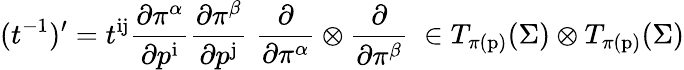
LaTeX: (t^{-1})^{\prime}=t^{\mathrm{ij}}{\frac{\partial\pi^{\alpha}}{\partial p^{\mathrm{i}}}}{\frac{\partial\pi^{\beta}}{\partial p^{\mathrm{j}}}}\; {\frac{\partial}{\partial\pi^{\alpha}}}\otimes{\frac{\partial}{\partial\pi^{\beta}}}\; \in T_{\pi(\mathrm{p})}(\Sigma)\otimes T_{\pi(\mathrm{p})}(\Sigma)